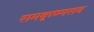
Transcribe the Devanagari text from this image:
रामकृष्णराव